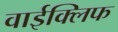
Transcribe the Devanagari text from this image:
वाईक्लिफ